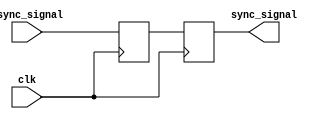
module dual_ff_synchronizer (
    input wire async_signal,  // Input signal to be synchronized
    input wire clk,           // Clock signal of the destination clock domain
    output reg sync_signal    // Synchronized output signal
);

// Internal signal for the first flip-flop output
reg Q1;

// First flip-flop: Samples the asynchronous input signal
always @(posedge clk) begin
    Q1 <= async_signal;  // Capture the async signal on the rising edge of the clock
end

// Second flip-flop: Samples the output of the first flip-flop
always @(posedge clk) begin
    sync_signal <= Q1;   // Capture the output of the first flip-flop
end

endmodule